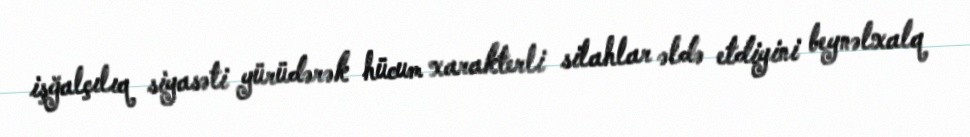
işğalçılıq siyasəti yürüdərək hücum xarakterli silahlar əldə etdiyini beynəlxalq